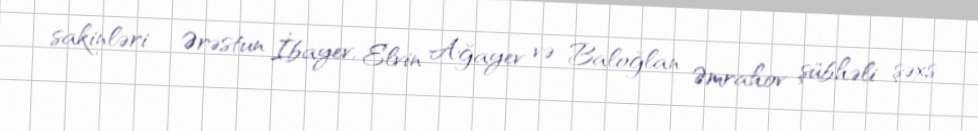
sakinləri - Ərəstun İbayev, Elvin Ağayev və Baloğlan Əmrahov şübhəli şəxs